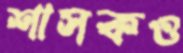
শাসকও